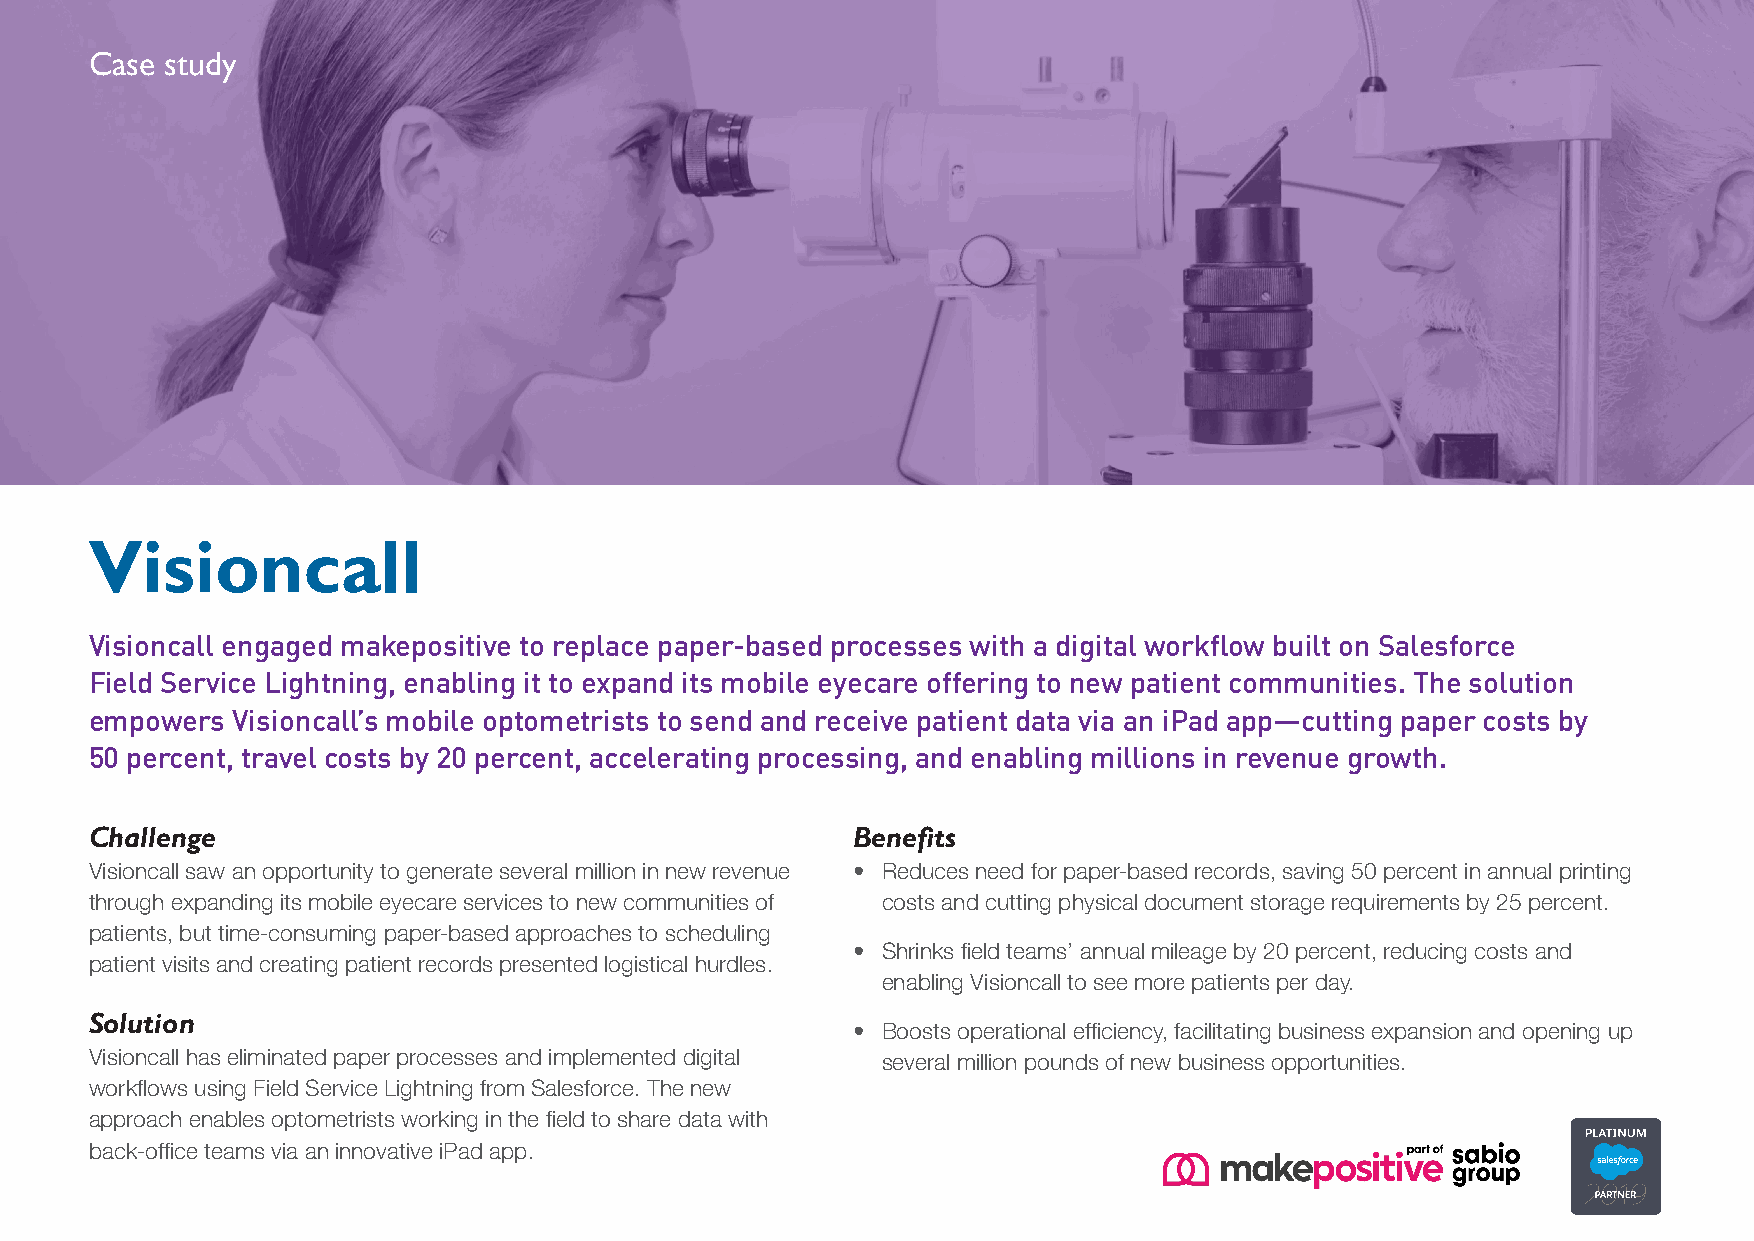
Case study
 Visioncall
 Visioncall engaged makepositive to replace paper-based processes with a digital workflow built on Salesforce
 Field Service Lightning, enabling it to expand its mobile eyecare offering to new patient communities. The solution
 empowers Visioncall’s mobile optometrists to send and receive patient data via an iPad app—cutting paper costs by
 50 percent, travel costs by 20 percent, accelerating processing, and enabling millions in revenue growth.
 Challenge                                         Benefits
 Visioncall saw an opportunity to generate several million in new revenue • Reduces need for paper-based records, saving 50 percent in annual printing
 through expanding its mobile eyecare services to new communities of costs and cutting physical document storage requirements by 25 percent.
 patients, but time-consuming paper-based approaches to scheduling
 • Shrinks field teams’ annual mileage by 20 percent, reducing costs and
 patient visits and creating patient records presented logistical hurdles.
 enabling Visioncall to see more patients per day.
 Solution
 • Boosts operational efficiency, facilitating business expansion and opening up
 Visioncall has eliminated paper processes and implemented digital several million pounds of new business opportunities.
 workflows using Field Service Lightning from Salesforce. The new
 approach enables optometrists working in the field to share data with
 back-office teams via an innovative iPad app.